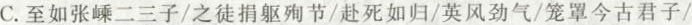
C.至如张嵊二三子/之徒捐躯殉节/赴死如归/英风劲气/笼罩今古君子/